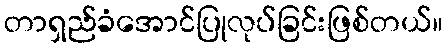
တာရှည်ခံအောင်ပြုလုပ်ခြင်းဖြစ်တယ်။